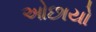
ઓછાયો